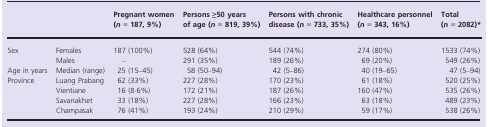
|  |  | Pregnant women (n = 187, 9%) | Persons ≥50 years of age (n = 819, 39%) | Persons with chronic disease (n = 733, 35%) | Healthcare personnel (n = 343, 16%) | Total (n = 2082)* |
 | --- | --- | --- | --- | --- | --- | --- |
 | <ROWSPAN=2> Sex | Females | 187 (100%) | 528 (64%) | 544 (74%) | 274 (80%) | 1533 (74%) |
 | Males | – | 291 (35%) | 189 (26%) | 69 (20%) | 549 (26%) |
 | Age in years | Median (range) | 25 (15–45) | 58 (50–94) | 42 (5–86) | 40 (19–65) | 47 (5–94) |
 | <ROWSPAN=4> Province | Luang Prabang | 62 (33%) | 227 (28%) | 170 (23%) | 61 (18%) | 520 (25%) |
 | Vientiane | 16 (8·6%) | 172 (21%) | 187 (26%) | 160 (47%) | 535 (26%) |
 | Savanakhet | 33 (18%) | 227 (28%) | 166 (23%) | 63 (18%) | 489 (23%) |
 | Champasak | 76 (41%) | 193 (24%) | 210 (29%) | 59 (17%) | 538 (26%) |